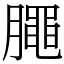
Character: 𣎜